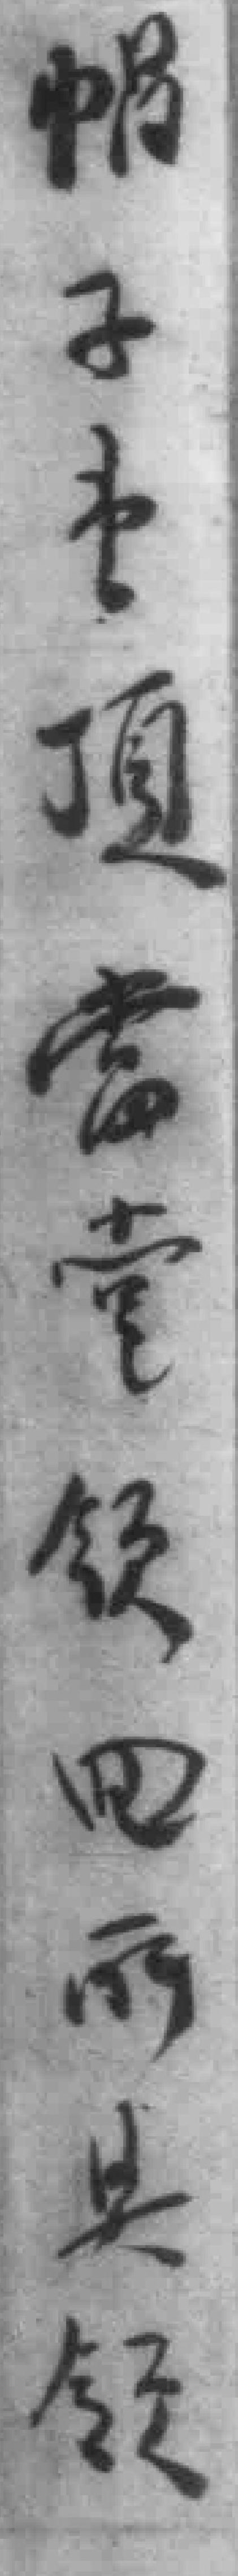
帽子1顶當堂领回所其领